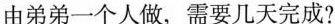
由弟弟一个人做，需要几天完成?